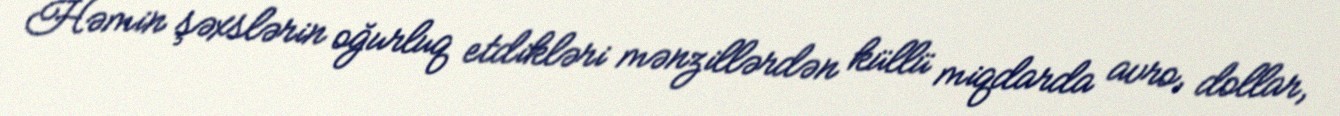
Həmin şəxslərin oğurluq etdikləri mənzillərdən küllü miqdarda avro, dollar,